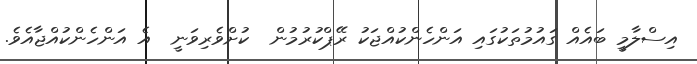
އިސްލާމީ ބައެއް ގައުމުތަކުގައި އަންހެންކުއްޖަކު ރޭޕްކުރުމުން  ކުށްވެރިވަނީ  އެ އަންހެންކުއްޖާއެވެ.